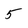
Character: 5